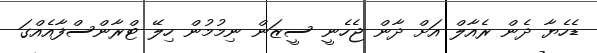
ޑެހެޔާ ދެން ރެއާލް އަށް ދާން ޖެހެނީ ސީޒަން ނިމުމުން ހިލޭ ޓްރާންސްފާއެއްގަ